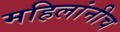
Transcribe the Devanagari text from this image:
महिलांनीच